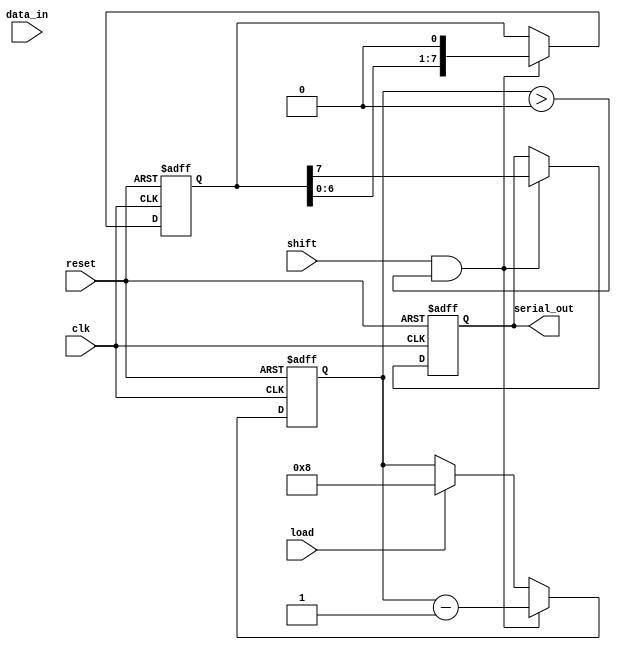
module TwoStagePISO #(
    parameter N = 8  // Parameter for the width of the data
)(
    input wire clk,           // Clock signal
    input wire reset,         // Asynchronous reset signal
    input wire load,          // Control signal to load parallel data
    input wire shift,         // Control signal to shift out data
    input wire [N-1:0] data_in, // Parallel input data
    output reg serial_out     // Serial output
);

    // Internal registers for the two stages
    reg [N-1:0] input_stage;   // Input stage register
    reg [N-1:0] intermediate_stage; // Intermediate stage register
    reg [3:0] bit_counter;      // Bit counter for shifting out

    always @(posedge clk or posedge reset) begin
        if (reset) begin
            input_stage <= 0;           // Clear input stage
            intermediate_stage <= 0;    // Clear intermediate stage
            serial_out <= 0;            // Clear serial output
            bit_counter <= 0;            // Reset bit counter
        end else begin
            if (load) begin
                input_stage <= data_in; // Load data into input stage
                bit_counter <= N;        // Set bit counter to N
            end
            
            if (shift && (bit_counter > 0)) begin
                // Shift data from input stage to intermediate stage
                intermediate_stage <= input_stage;
                // Output the bit from the most significant position
                serial_out <= intermediate_stage[N-1];
                // Shift the intermediate stage left
                intermediate_stage <= {intermediate_stage[N-2:0], 1'b0};
                // Decrease the bit counter
                bit_counter <= bit_counter - 1;
                // Update input_stage to hold shifted data
                input_stage <= {input_stage[N-2:0], 1'b0};
            end
        end
    end
endmodule